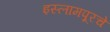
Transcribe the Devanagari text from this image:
इस्लामपूरचे